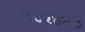
૩૮૨૪૪૩